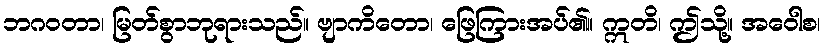
ဘဂဝတာ၊ မြတ်စွာဘုရားသည်။ ဗျာကိတော၊ ဖြေကြားအပ်၏။ ဣတိ၊ ဤသို့။ အဝေါစ၊